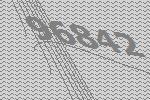
96842